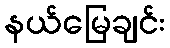
နယ်မြေချင်း